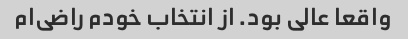
واقعا عالی بود. از انتخاب خودم راضی‌ام